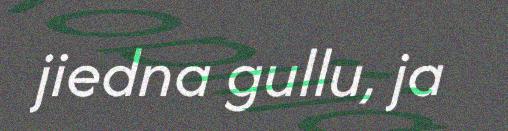
jiedna gullu, ja